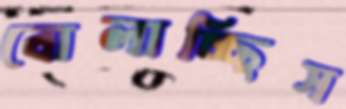
বোলাচ্ছিস